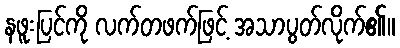
နဖူးပြင်ကို လက်တဖက်ဖြင့် အသာပွတ်လိုက်၏။